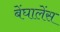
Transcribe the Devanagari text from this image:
बेंघालेंस